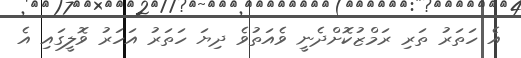
އެ ހަތަރު ތަރި ރަމްޒުކޮށްދެނީ ވެއަތުވެ ދިޔަ ހަތަރު އަހަރު ވޮލީގައި އެ